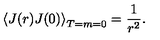
\left\langle J ( r ) J ( 0 ) \right\rangle _ { T = m = 0 } = \frac { 1 } { r ^ { 2 } } .